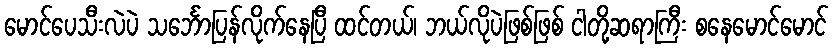
မောင်ပေသီးလဲပဲ သင်္ဘောပြန်လိုက်နေပြီ ထင်တယ်၊ ဘယ်လိုပဲဖြစ်ဖြစ် ငါတို့ဆရာကြီး စနေမောင်မောင်